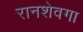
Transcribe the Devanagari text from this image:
रानशेवगा